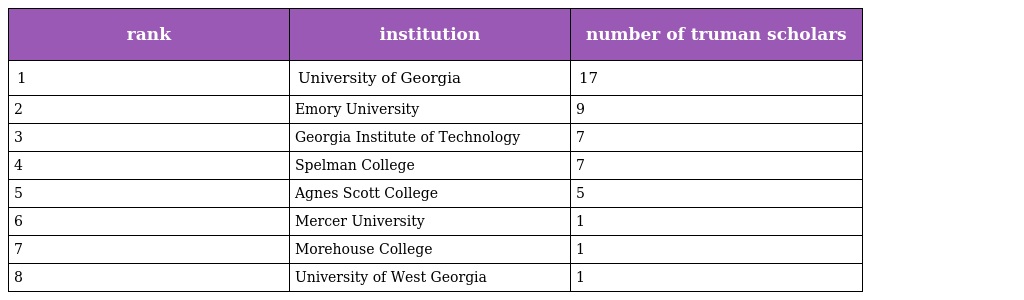
| rank | institution | number of truman scholars |
 | --- | --- | --- |
 | 1 | University of Georgia | 17 |
 | 2 | Emory University | 9 |
 | 3 | Georgia Institute of Technology | 7 |
 | 4 | Spelman College | 7 |
 | 5 | Agnes Scott College | 5 |
 | 6 | Mercer University | 1 |
 | 7 | Morehouse College | 1 |
 | 8 | University of West Georgia | 1 |